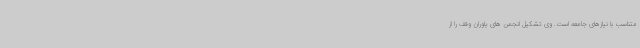
متناسب با نیازهای جامعه است. وی تشکیل انجمن های یاوران وقف را از